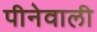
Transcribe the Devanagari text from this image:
पीनेवाली